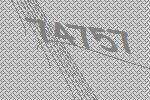
74757